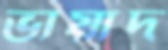
ভায়াদ